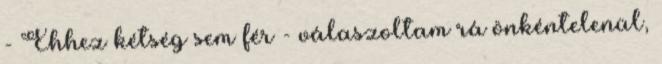
- Ehhez kétség sem fér - válaszoltam rá önkéntelenül,